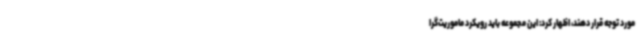
مورد توجه قرار دهند، اظهار کرد: این مجموعه باید رویکرد ماموریت‌گرا